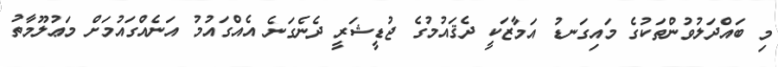
މި ބައްދަލުވުންތަކުގެ މައިގަނޑު އަމާޒަކީ ދެޤައުމުގެ ޖުޑީޝަރީ ދެނެގަނެ އެއްގައުމު އަނެއްގައުމަށް މަޢުލޫމާތު